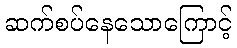
ဆက်စပ်နေသောကြောင့်